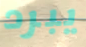
يبرد